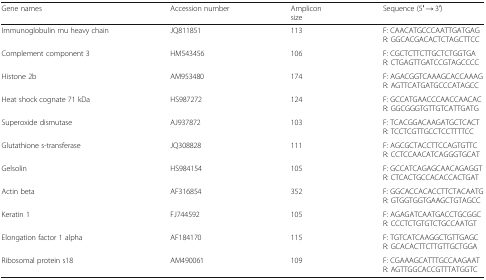
<table><thead><tr><td><b>Gene names</b></td><td><b>Accession number</b></td><td><b>Ampliconsize</b></td><td><b>Sequence (5′ → 3′)</b></td></tr></thead><tbody><tr><td>Immunoglobulin mu heavy chain</td><td>JQ811851</td><td>113</td><td>F: CAACATGCCCAATTGATGAGR: GGCACGACACTCTAGCTTCC</td></tr><tr><td>Complement component 3</td><td>HM543456</td><td>106</td><td>F: CGCTCTTCTTGCTCTGGTGAR: CTGAGTTGATCCGTAGCCCC</td></tr><tr><td>Histone 2b</td><td>AM953480</td><td>174</td><td>F: AGACGGTCAAAGCACCAAAGR: AGTTCATGATGCCCATAGCC</td></tr><tr><td>Heat shock cognate 71 kDa</td><td>HS987272</td><td>124</td><td>F: GCCATGAACCCAACCAACACR: GGCGGGTGTTGTCATTGATG</td></tr><tr><td>Superoxide dismutase</td><td>AJ937872</td><td>103</td><td>F: TCACGGACAAGATGCTCACTR: TCCTCGTTGCCTCCTTTTCC</td></tr><tr><td>Glutathione s-transferase</td><td>JQ308828</td><td>111</td><td>F: AGCGCTACCTTCCAGTGTTCR: CCTCCAACATCAGGGTGCAT</td></tr><tr><td>Gelsolin</td><td>HS984154</td><td>105</td><td>F: GCCATCAGAGCAACAGAGGTR: CTCACTGCCACACCACTGAT</td></tr><tr><td>Actin beta</td><td>AF316854</td><td>352</td><td>F: GGCACCACACCTTCTACAATGR: GTGGTGGTGAAGCTGTAGCC</td></tr><tr><td>Keratin 1</td><td>FJ744592</td><td>105</td><td>F: AGAGATCAATGACCTGCGGCR: CCCTCTGTGTCTGCCAATGT</td></tr><tr><td>Elongation factor 1 alpha</td><td>AF184170</td><td>115</td><td>F: TGTCATCAAGGCTGTTGAGCR: GCACACTTCTTGTTGCTGGA</td></tr><tr><td>Ribosomal protein s18</td><td>AM490061</td><td>109</td><td>F: CGAAAGCATTTGCCAAGAATR: AGTTGGCACCGTTTATGGTC</td></tr></tbody></table>